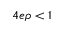
4 e \rho < 1